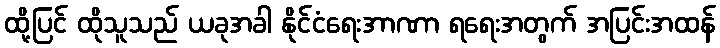
ထို့ပြင် ထိုသူသည် ယခုအခါ နိုင်ငံရေးအာဏာ ရရေးအတွက် အပြင်းအထန်